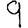
Digit: 9